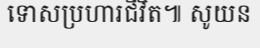
ទោសប្រហារជីវិត៕ សូយន